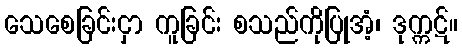
သေစေခြင်းငှာ ကူခြင်း စသည်ကိုပြုအံ့၊ ဒုက္ကဋ်။